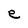
Character: e